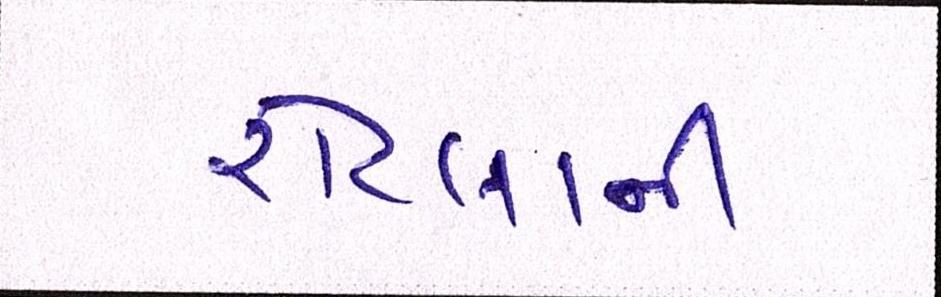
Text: રોટલાની